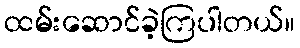
ထမ်းဆောင်ခဲ့ကြပါတယ်။